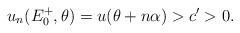
LaTeX: \begin{align*} u_n(E_0^+,\theta) =u(\theta+n \alpha)>c'>0.\end{align*}